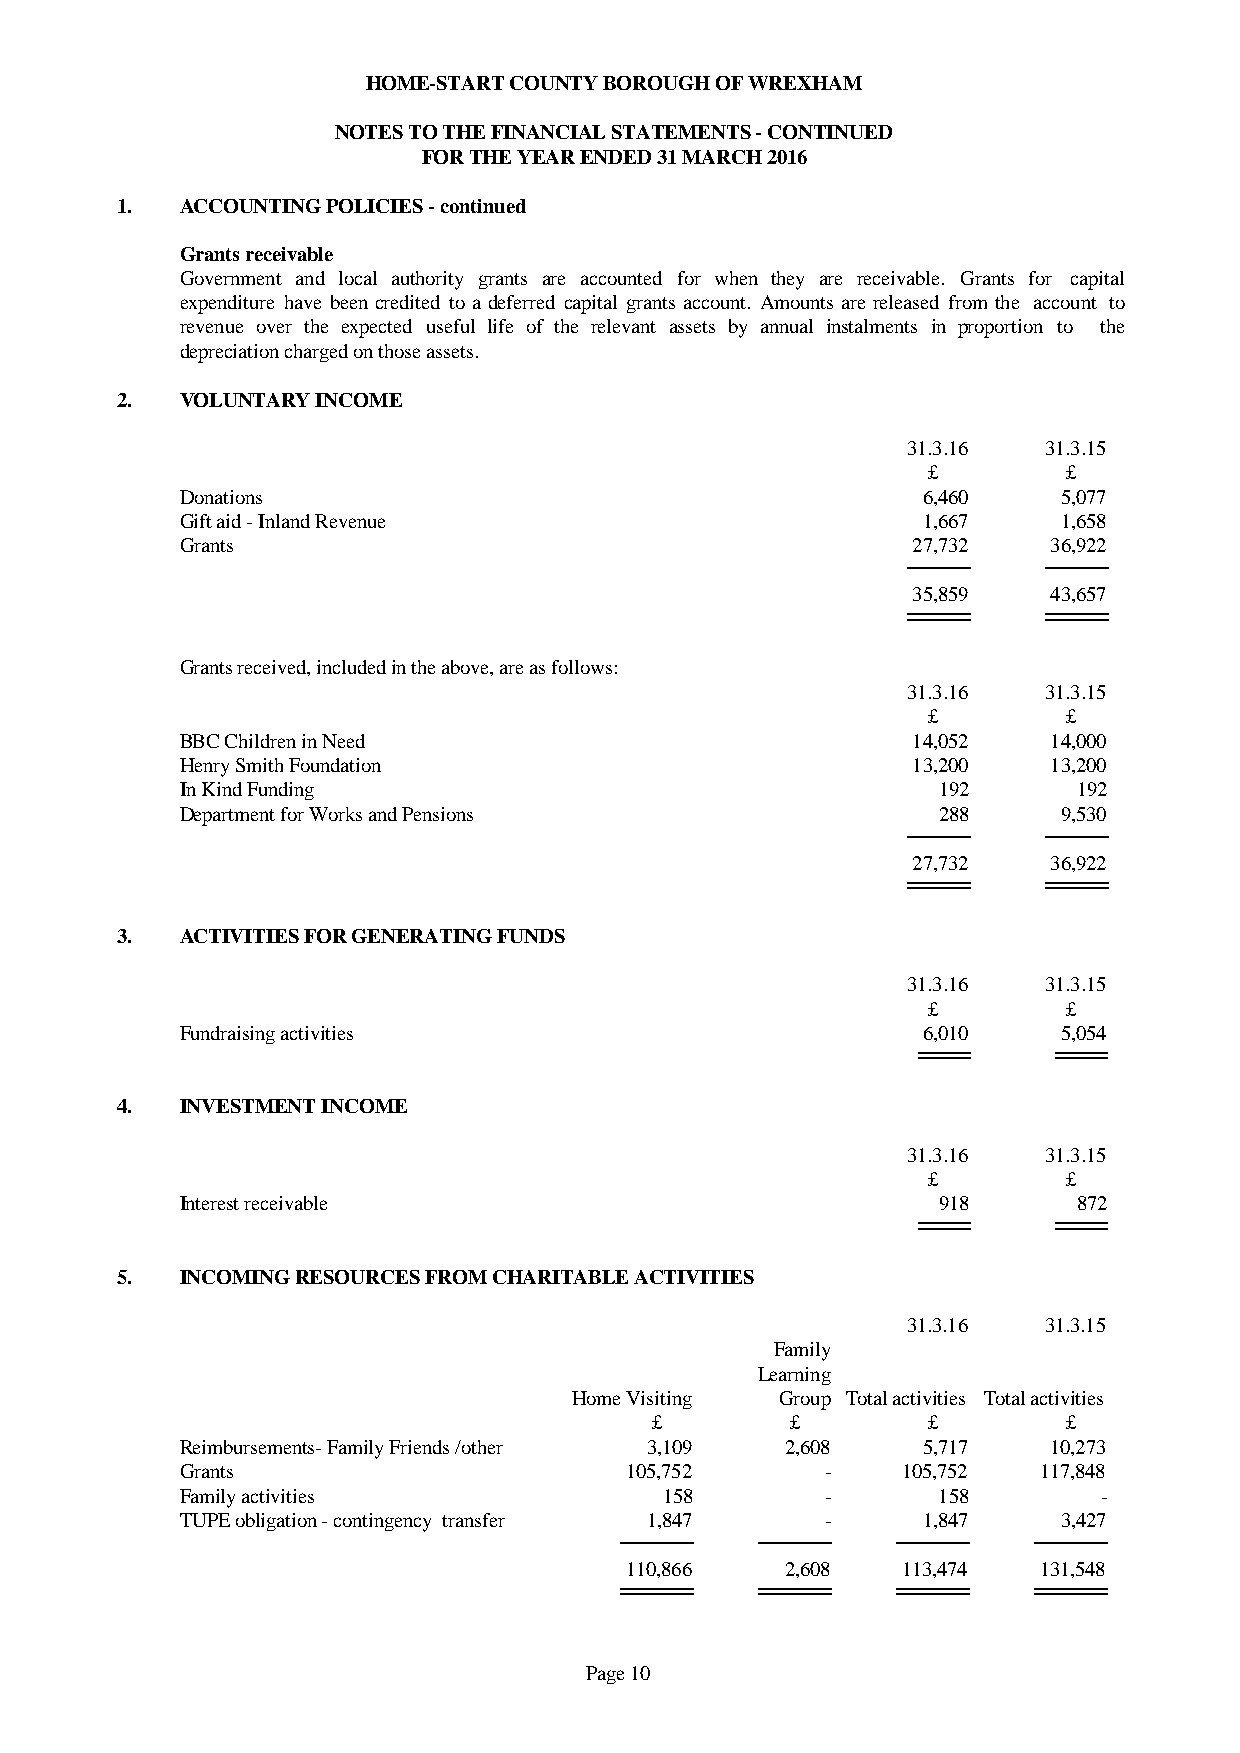
HOME-START COUNTY BOROUGH OF WREXHAM
 NOTES TO THE FINANCIAL STATEMENTS - CONTINUED
 FOR THE YEAR ENDED 31 MARCH 2016
 1.  ACCOUNTING POLICIES - continued
 Grants receivable
 Government and local authority grants are accounted for when they are receivable. Grants for capital
 expenditure have been credited to a deferred capital grants account. Amountsare released from the account to
 revenue over the expected useful life of the relevant assets by annual instalments in proportion to the
 depreciation charged on those assets.
 2.  VOLUNTARY INCOME
 31.3.16  31.3.15
 £         £
 Donations                                        6,460    5,077
 Gift aid - Inland Revenue                        1,667    1,658
 Grants                                          27,732    36,922
 35,859    43,657
 Grants received, included in the above, are as follows:
 31.3.16  31.3.15
 £         £
 BBC Children in Need                            14,052    14,000
 Henry Smith Foundation                          13,200    13,200
 In Kind Funding                                   192      192
 Department for Works and Pensions                 288     9,530
 27,732    36,922
 3.  ACTIVITIES FOR GENERATING FUNDS
 31.3.16  31.3.15
 £         £
 Fundraising activities                           6,010    5,054
 4.  INVESTMENT INCOME
 31.3.16  31.3.15
 £         £
 Interest receivable                               918      872
 5.  INCOMING RESOURCES FROM CHARITABLE ACTIVITIES
 31.3.16  31.3.15
 Family
 Learning
 Home Visiting Group Total activities Total activities
 £        £        £         £
 Reimbursements- Family Friends /other 3,109 2,608 5,717   10,273
 Grants                       105,752       -    105,752  117,848
 Family activities               158        -      158        -
 TUPE obligation - contingency transfer 1,847 -   1,847    3,427
 110,866    2,608   113,474  131,548
 Page 10